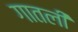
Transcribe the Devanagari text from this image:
गातली